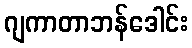
ဂျကာတာဘန်ဒေါင်း